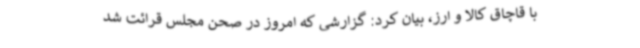
با قاچاق کالا و ارز، بیان کرد: گزارشی که امروز در صحن مجلس قرائت شد